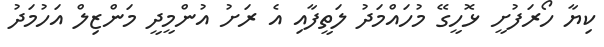
ކިޔާ ހޯރަފުށީ ޅޮހީގޭ މުހައްމަދު ލަތީފާއި އެ ރަށު އުންމީދީ މަންޒިލް އަހުމަދު